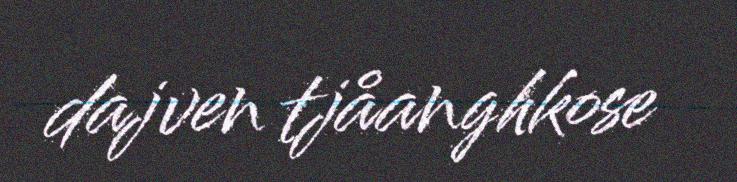
dajven tjåanghkose